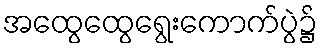
အထွေထွေရွေးကောက်ပွဲ၌